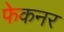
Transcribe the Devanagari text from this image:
फेकनर